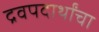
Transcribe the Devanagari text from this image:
द्रवपदार्थांचा